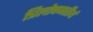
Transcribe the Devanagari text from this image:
त्रिलोचनतीर्थ